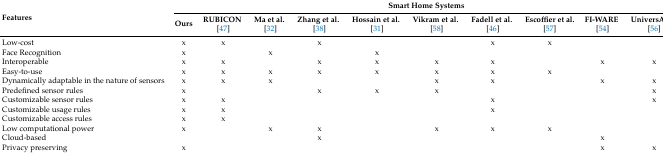
<table><thead><tr><td rowspan="2"><b>Features</b></td><td colspan="10"><b>Smart Home Systems</b></td></tr><tr><td><b>Ours</b></td><td><b>RUBICON [47]</b></td><td><b>Ma et al. [32]</b></td><td><b>Zhang et al. [38]</b></td><td><b>Hossain et al. [31]</b></td><td><b>Vikram et al. [58]</b></td><td><b>Fadell et al. [46]</b></td><td><b>Escoffier et al. [57]</b></td><td><b>FI-WARE [54]</b></td><td><b>UniversAAL [56]</b></td></tr></thead><tbody><tr><td>Low-cost</td><td>x</td><td>x</td><td></td><td>x</td><td></td><td></td><td>x</td><td>x</td><td></td><td></td></tr><tr><td>Face Recognition</td><td>x</td><td></td><td>x</td><td></td><td>x</td><td></td><td></td><td></td><td></td><td></td></tr><tr><td>Interoperable</td><td>x</td><td>x</td><td></td><td>x</td><td>x</td><td>x</td><td>x</td><td></td><td>x</td><td>x</td></tr><tr><td>Easy-to-use</td><td>x</td><td>x</td><td>x</td><td>x</td><td>x</td><td>x</td><td>x</td><td>x</td><td></td><td></td></tr><tr><td>Dynamically adaptable in the nature of sensors</td><td>x</td><td>x</td><td>x</td><td></td><td></td><td>x</td><td>x</td><td></td><td>x</td><td>x</td></tr><tr><td>Predefined sensor rules</td><td>x</td><td></td><td></td><td>x</td><td>x</td><td>x</td><td></td><td></td><td></td><td>x</td></tr><tr><td>Customizable sensor rules</td><td>x</td><td>x</td><td></td><td></td><td></td><td></td><td>x</td><td></td><td></td><td>x</td></tr><tr><td>Customizable usage rules</td><td>x</td><td>x</td><td></td><td></td><td></td><td></td><td>x</td><td></td><td></td><td></td></tr><tr><td>Customizable access rules</td><td>x</td><td>x</td><td></td><td></td><td></td><td></td><td></td><td></td><td></td><td></td></tr><tr><td>Low computational power</td><td>x</td><td></td><td>x</td><td>x</td><td></td><td>x</td><td>x</td><td>x</td><td></td><td></td></tr><tr><td>Cloud-based</td><td></td><td></td><td></td><td>x</td><td></td><td></td><td></td><td></td><td>x</td><td></td></tr><tr><td>Privacy preserving</td><td>x</td><td></td><td></td><td></td><td></td><td></td><td></td><td></td><td>x</td><td>x</td></tr></tbody></table>